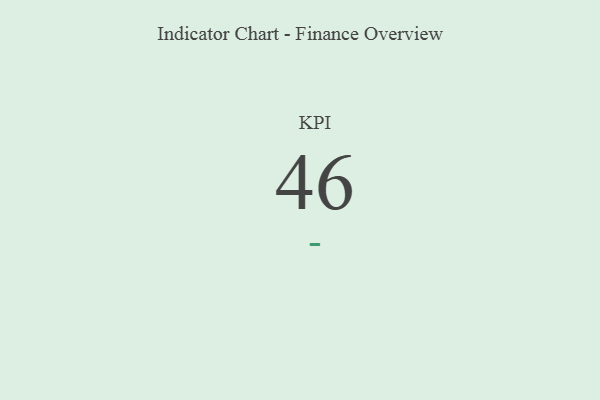
{"axis": {"x": "KPI", "y": "Value"}, "legend": [""], "data": [{"x": "KPI", "y": 46, "type": ""}]}